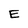
Character: E